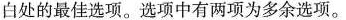
白处的最佳选项。选项中有两项为多余选项。